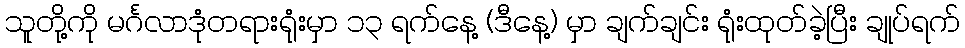
သူတို့ကို မင်္ဂလာဒုံတရားရုံးမှာ ၁၃ ရက်နေ့ (ဒီနေ့) မှာ ချက်ချင်း ရုံးထုတ်ခဲ့ပြီး ချုပ်ရက်